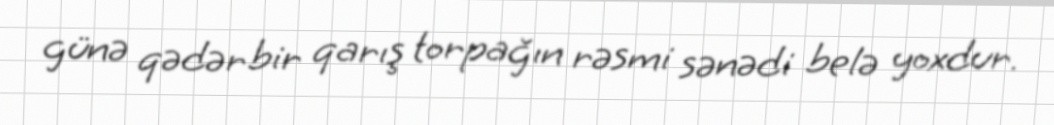
günə qədər bir qarış torpağın rəsmi sənədi belə yoxdur.